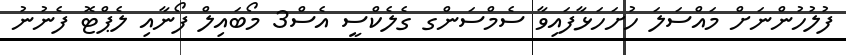
ފުލުހުންނަށް މައްސަލަ ހުށަހަޅާފައިވާ ސެމްސަންގ ގެލެކްސީ އެސް3 މޯބައިލް ފޯނާއި ލެޕްޓޮ ފެނުނު